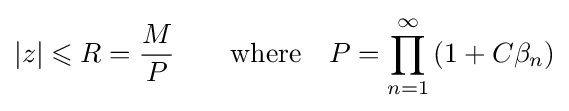
|z|\leqslant R={\frac {M}{P}}\qquad {\text{where}}\quad P=\prod _{n=1}^{\infty }\left(1+C\beta _{n}\right)